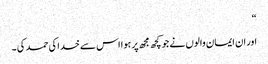
“
اور ان ایمان والوں نے جو کچھ مجھ پر ہوا اس سے خدا کی حمد کی ۔